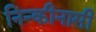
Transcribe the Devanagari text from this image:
निन्कीनासी